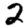
Digit: 2